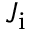
J _ { \mathrm { i } }